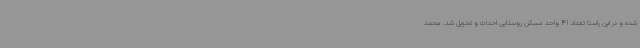
شده و در این راستا تعداد 41 واحد مسکن روستایی احداث و تحویل شد. محمد